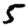
Digit: 5